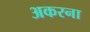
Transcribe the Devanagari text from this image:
अकरना